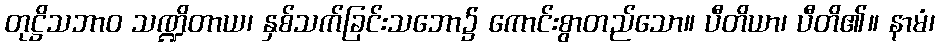
တုဋ္ဌိသဘာဝ သဏ္ဍိတာယ၊ နှစ်သက်ခြင်းသဘော၌ ကောင်းစွာတည်သော။ ပီတိယာ၊ ပီတိ၏။ နာမံ၊